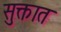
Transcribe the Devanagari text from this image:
सुक्तात